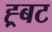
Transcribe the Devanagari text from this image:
ह्र्बट